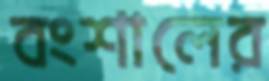
বংশালের